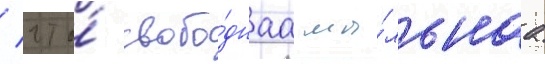
/ что́ свобо́днаа мы́льнаа